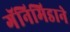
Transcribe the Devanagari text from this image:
गॅनिमिडाने